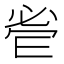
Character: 𱞑